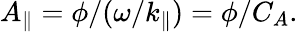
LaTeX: A_{\| }=\phi/(\omega/k_{\| })=\phi/C_{A}.